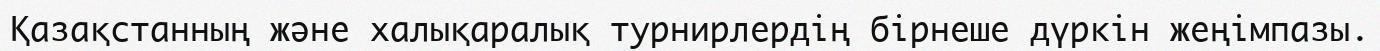
Қазақстанның және халықаралық турнирлердің бірнеше дүркін жеңімпазы.